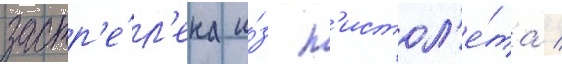
застр'е́л'ена и́з п'истол'е́та /